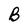
Character: B